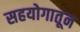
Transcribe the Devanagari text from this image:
सहयोगातून